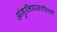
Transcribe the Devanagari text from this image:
अंगुलिप्रसारिणी